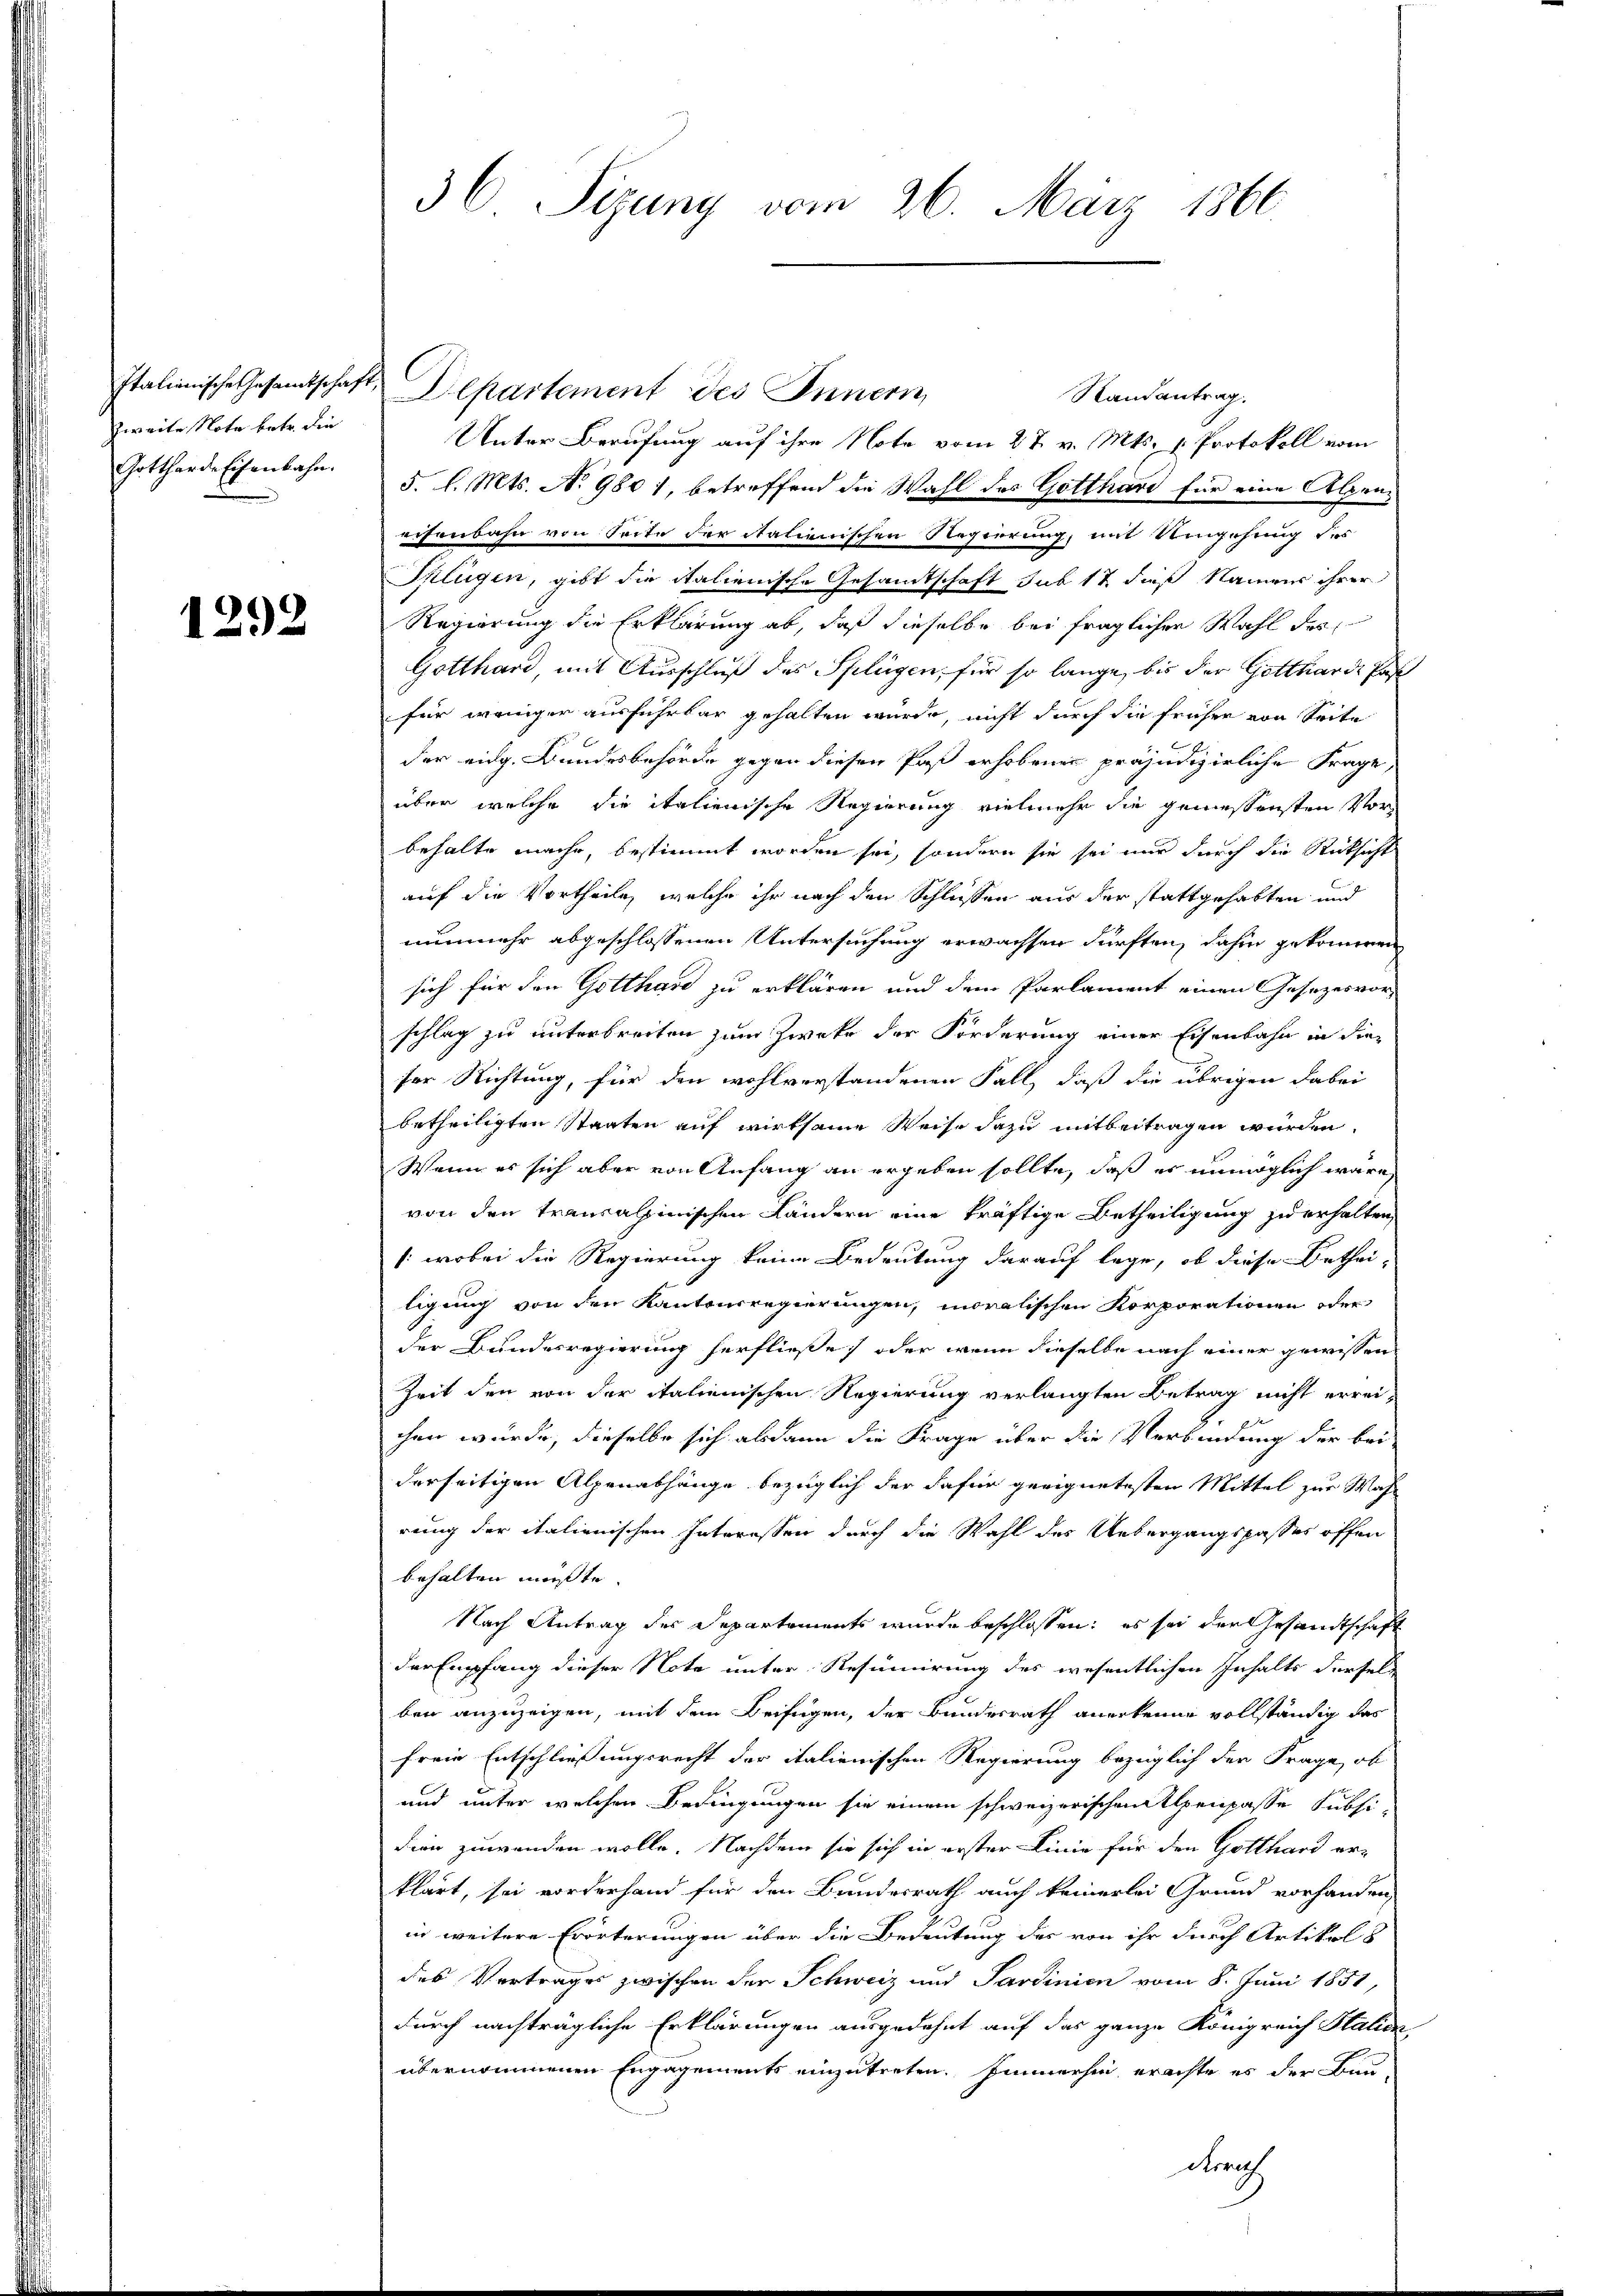
zweite Nota betr. die
Gottharde Eisenbahn.

1292

36 Sizung vom 26. März 1866

Italienische Gesandtschaft Departement des Innern,
Randantrag.
Unter Berufung auf ihre Note vom 27. v. Mts. v. Protokoll vom
5. l. Mts. No 980 1, betreffend die Wahl des Gotthard für eine Alpeneisenbahn von Seite der italienischen Regierung, mit Umgehung des
Splügen, gibt die italienische Gesamtschaft sub 12 daß Namens ihrer
Regierung die Erklärung ab, daß dieselbe bei fraglicher Wahl der
Gotthard, mit Ausschluß des Splügen, für so lange, bis der Gottharde Pas
für weniger ausführbar gehalten wurde, nicht durch die früher von Seite
der eidg. Bundesbehörde gegen diesen Past erhobenen präjudizierliche Frage,
über welche die italienische Regierung vielmehr die geniessensten Vorbehalte mache, bestimmt worden sei, sondern sie sei nur durch die Rücksicht
auf die Vortheile, welche ihr nach den Schlüssen aus der stattgehabten und
nunmehr abgeschlossenen Untersuchung erwachsen dürften, dahin gekommeren
sich für den Gotthard zu erklären und dem Parlament einen Gesezesvorschlag zu unterbreiten zum Zweke der Forderung einer Eisenbahn in die
ser Richtung, für den wohlverstandenen Fall, daß die übrigen dabei
betheiligten Staaten auf wirksame Weise dazu mitbeitragen würden.
Wenn es sich aber von Anfang an ergeben sollte, daß es unmöglich wäre,
von den transalpinischen Ländern eine kräftige Betheiligung zu erhalten,
(wobei die Regierung keine Bedeutung darauf lege, ob diese Betheiligung von den Kantonsregierungen, moralischen Korporationen oder
der Bundesregierung herfließe, oder wenn dieselbe nach einer gewissen
Zeit den von der italienischen Regierung verlangten Betrag nicht erreichen wurde, dieselbe sich alsdann die Frage über die Verbindung der bei
derseitigen Alpenabhänge bezüglich der dafür geeignetesten Mittel zur Wahl
rung der italienischen Interessen durch die Wahl des Uebergangspasses offen
behalten müßte.
Nach Antrag des Departements wurde beschlossen: es sei der Gesandtschaft
der Empfang dieser Note unter Resumirung des wesentlichen Inhalts dersel-
ben anzuzeigen, mit dem Beifügen, der Bundesrath anerkenne vollständig das
freie Entschließungsrecht der italienischen Regierung bezüglich der Frage, ob
und unter welchen Bedingungen sie einem schweizerischen Alpenpasse Subsi-
dien zuwenden wolle. Nachdem sie sich in erster Linie für den Gotthard er-
klärt, sei vorderhand für den Bundesrath auch keinerlei Grund vorhanden,
in weitere Erörterungen über die Bedeutung des von ihr durch Artikel 8
des Vertrages zwischen der Schweiz und Sardinien vom 8. Juni 1851,
durch nachträgliche Erklärungen ausgedehnt auf das ganze Königreich Italien,
übernommenen Engagements einzutreten. Immerhin erachte es der Bund
Krruf